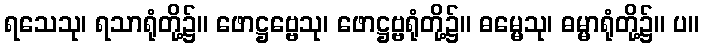
ရသေသု၊ ရသာရုံတို့၌။ ဖောဋ္ဌဗ္ဗေသု၊ ဖောဋ္ဌဗ္ဗရုံတို့၌။ ဓမ္မေသု၊ ဓမ္မာရုံတို့၌။ ပ။